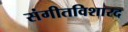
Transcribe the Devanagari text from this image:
संगीतविशारद